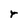
Character: r